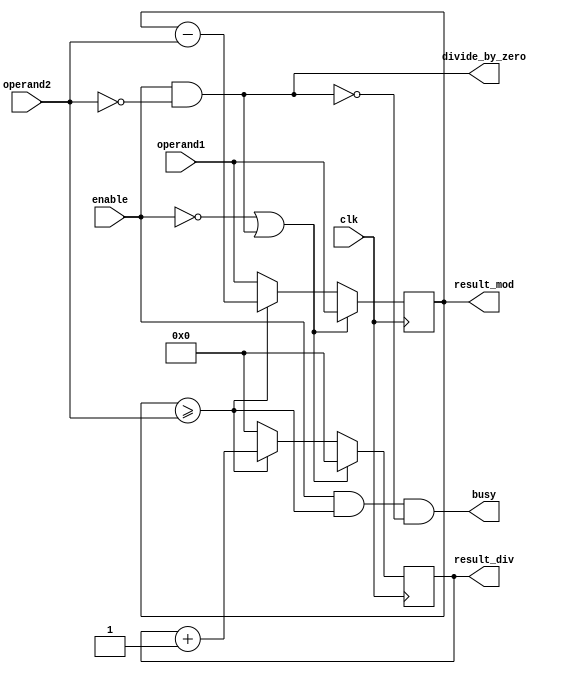
`timescale 1ns / 1ps
//////////////////////////////////////////////////////////////////////////////////
// Company: 
// Engineer: 
// 
// Design Name: 
// Module Name: ALU_div
// Project Name: 
// Target Devices: 
// Tool Versions: 
// Description: 
// 
// Dependencies: 
// 
// Revision:
// Revision 0.01 - File Created
// Additional Comments:
// 
//////////////////////////////////////////////////////////////////////////////////


module ALU_div #(
    parameter DATA_WIDTH = 4
)(
    input  clk,
    input  enable,
    output busy,
    output divide_by_zero,
    input  [DATA_WIDTH - 1 : 0] operand1,
    input  [DATA_WIDTH - 1 : 0] operand2,
    output [DATA_WIDTH - 1 : 0] result_div,
    output [DATA_WIDTH - 1 : 0] result_mod
);
    // divide by zero
    assign divide_by_zero = enable & (operand2 == 0);

    // remainder
    reg [DATA_WIDTH - 1 : 0] remainder;
    assign result_mod = remainder;
    always @(posedge clk) begin
        if (!enable || divide_by_zero) begin
            remainder <= operand1;
        end else begin
            if (remainder >= operand2) begin
                remainder <= remainder - operand2;
            end else begin
                remainder <= operand1;
            end
        end
    end

    // sum
    // reg [DATA_WIDTH - 1 : 0] sum;
    // assign result_mod = operand1 + operand2 - sum;
    // always @(posedge clk) begin
    //     if (!enable || divide_by_zero) begin
    //         sum <= 0;
    //     end else begin
    //         if (sum < operand1) begin
    //             sum <= sum + operand2;
    //         end else begin
    //             sum <= 0;
    //         end
    //     end
    // end

    // quotient 
    reg [DATA_WIDTH - 1 : 0] quotient;
    assign result_div = quotient;
    always @(posedge clk) begin
        if (!enable || divide_by_zero) begin
            quotient <= 0;
        end else begin
            if (remainder >= operand2) begin
                quotient <= quotient + 1'b1;
            end else begin
                quotient <= 0;
            end
        end
    end

    wire something;
    assign something = remainder >= operand2;
    // busy
    assign busy = enable & (remainder >= operand2) & ~divide_by_zero;
endmodule